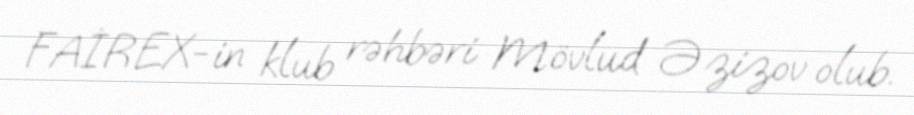
FAİREX-in klub rəhbəri Mövlud Əzizov olub.